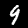
Label: 9